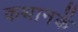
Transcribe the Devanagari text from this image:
कथानकें